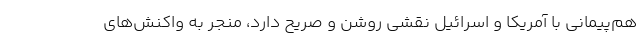
هم‌پیمانی با آمریکا و اسرائیل نقشی روشن و صریح دارد، منجر به واکنش‌های